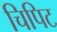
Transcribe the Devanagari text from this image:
चिपिट